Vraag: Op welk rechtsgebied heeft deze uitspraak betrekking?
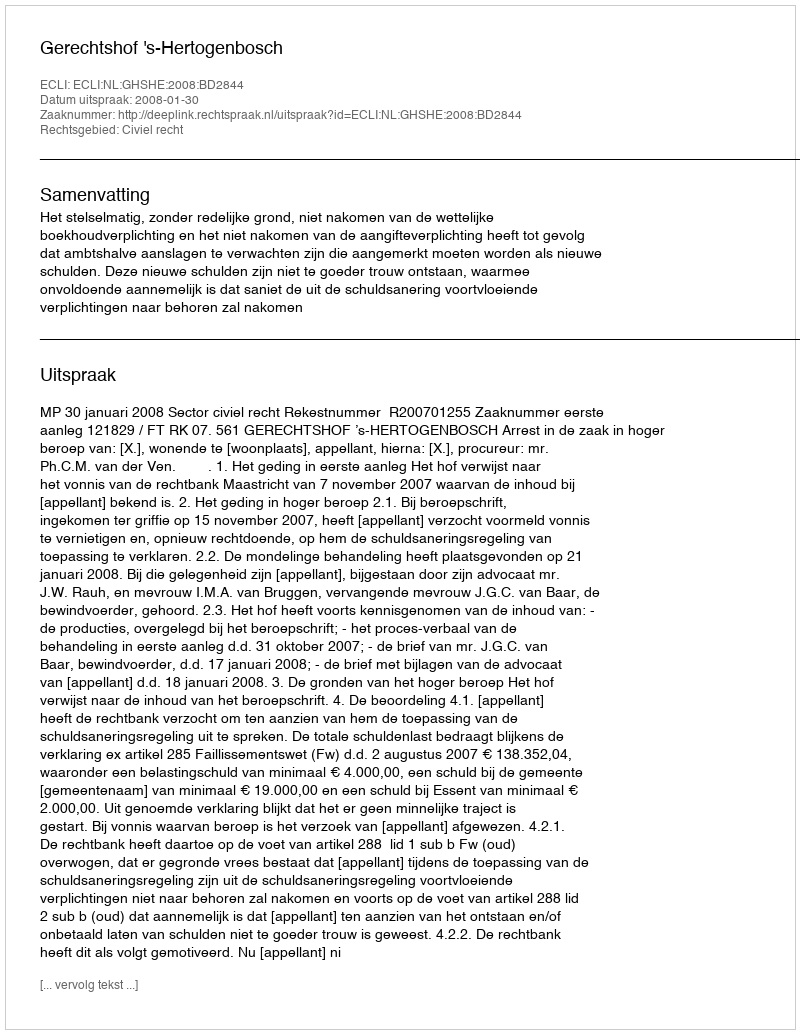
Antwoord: Civiel recht